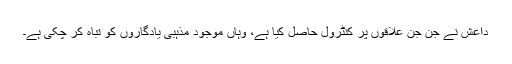
داعش نے جن جن علاقوں پر کنٹرول حاصل کیا ہے، وہاں موجود مذہبی یادگاروں کو تباہ کر چکی ہے۔